Civil Veterinary Department. Central Provinces & Berar 1932-41 - 1932-1941
Year: 1932
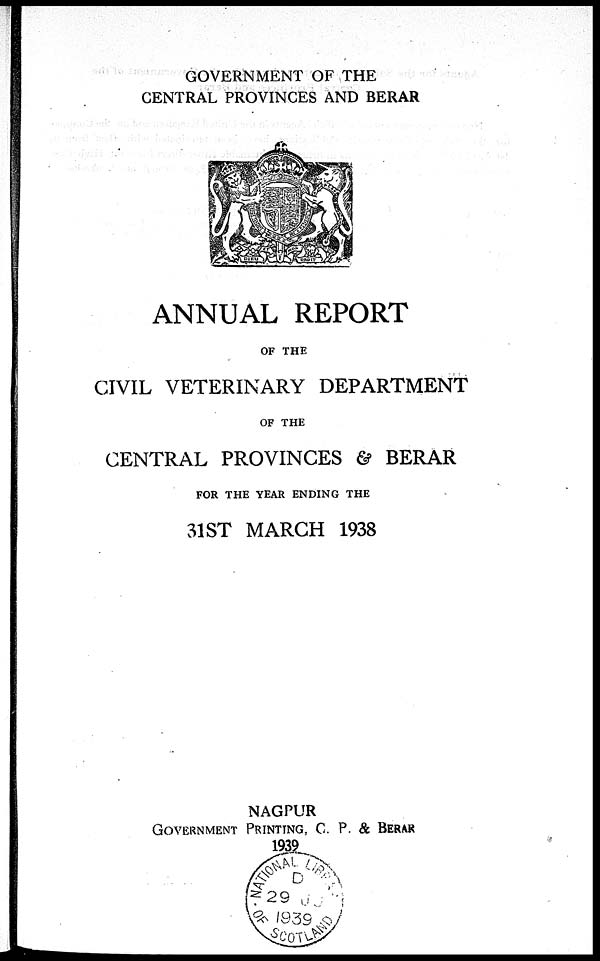
GOVERNMENT OF THE
CENTRAL PROVINCES AND BERAR
ANNUAL REPORT
OF THE
CIVIL VETERINARY DEPARTMENT
OF THE
CENTRAL PROVINCES & BERAR
FOR THE YEAR ENDING THE
31ST MARCH 1938
NAGPUR
GOVERNMENT PRINTING, C. P. & BERAR
1939